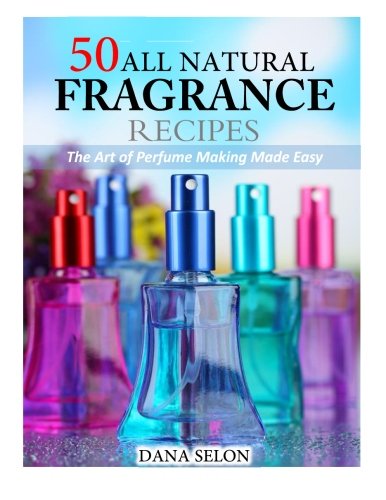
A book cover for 50 All Natural Fragrance Recipes: The Art of Perfume Making Made Easy; Dana Selon; Crafts, Hobbies & Home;